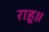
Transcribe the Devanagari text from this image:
राहू॥